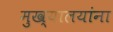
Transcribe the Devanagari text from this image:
मुख्यालयांना